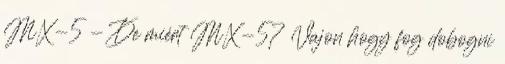
MX-5 - De miért MX-5? Vajon hogy fog dobogni